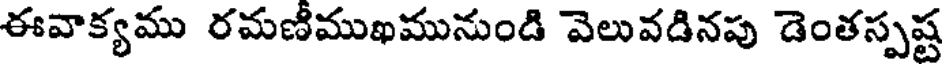
ఈవాక్యము రమణీముఖమునుండి వెలువడినపు డెంతస్పష్ట